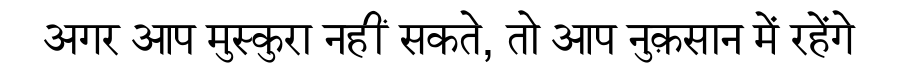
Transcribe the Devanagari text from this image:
अगर आप मुस्कुरा नहीं सकते, तो आप नुक़सान में रहेंगे